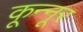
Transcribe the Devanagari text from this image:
कून्‍नूर